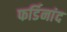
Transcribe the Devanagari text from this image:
फर्डिनांद